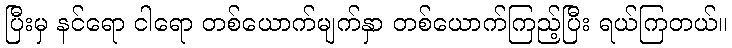
ပြီးမှ နင်ရော ငါရော တစ်ယောက်မျက်နှာ တစ်ယောက်ကြည့်ပြီး ရယ်ကြတယ်။